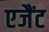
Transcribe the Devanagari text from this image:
एजैंट